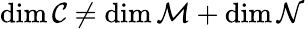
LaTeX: \mathrm{dim}\, {\cal C}\ne\mathrm{dim}\, {\cal M}+\mathrm{dim}\, {\cal N}